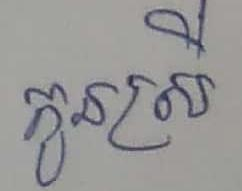
កូនស្រី